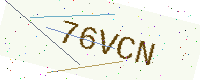
Text: 76VCN